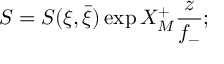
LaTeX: S = S ( \xi , \bar { \xi } ) \exp X _ { M } ^ { + } \frac { z } { f _ { - } } ;